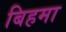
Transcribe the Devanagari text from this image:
बिहमा